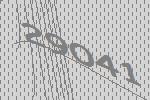
29041